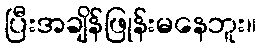
ပြီးအချိန်ဖြုန်းမနေဘူး။